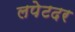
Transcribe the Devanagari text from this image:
लपेटदर